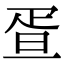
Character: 疍